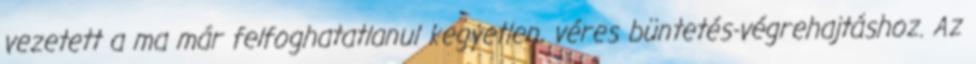
vezetett a ma már felfoghatatlanul kegyetlen, véres büntetés-végrehajtáshoz. Az